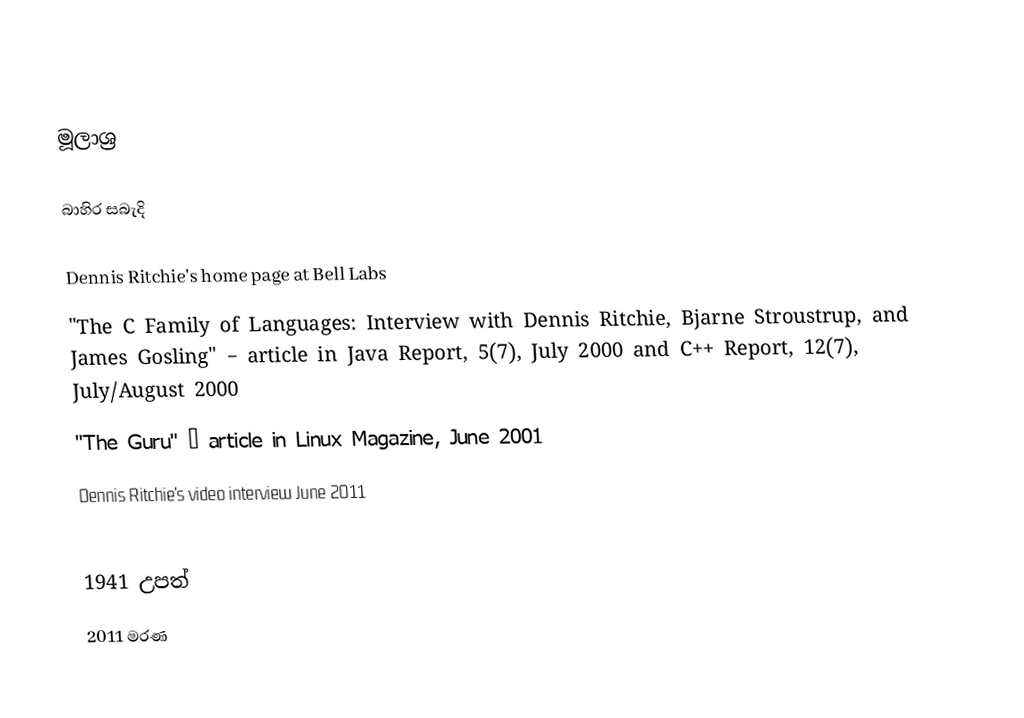

මූලාශ්‍ර

බාහිර සබැදි

Dennis Ritchie's home page at Bell Labs
"The C Family of Languages: Interview with Dennis Ritchie, Bjarne Stroustrup, and James Gosling" – article in Java Report, 5(7), July 2000 and C++ Report, 12(7), July/August 2000
"The Guru" – article in Linux Magazine, June 2001
Dennis Ritchie's video interview June 2011

1941 උපත්
2011 මරණ